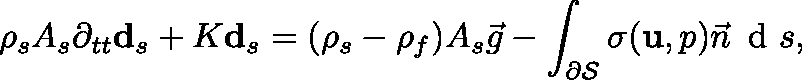
\rho _ { s } A _ { s } \partial _ { t t } \mathbf { d } _ { s } + K \mathbf { d } _ { s } = ( \rho _ { s } - \rho _ { f } ) A _ { s } \vec { g } - \int _ { \partial \cal S } \mathbf { \sigma } ( \mathbf { u } , p ) \vec { n } \, \mathrm { ~ d ~ } s ,